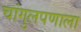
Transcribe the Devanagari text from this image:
चांगुलपणाला